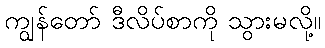
ကျွန်တော် ဒီလိပ်စာကို သွားမလို့။